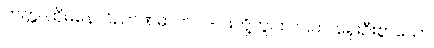
တတ္တ၊ ထိုမနောဝိညာဏဓာတ် ၂-ပါးတို့တွင်။ ပဌမာ၊ ရှေးဦးစွာသော